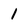
Character: 1